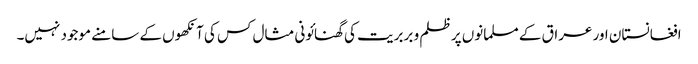
افغانستان اور عراق کے مسلمانوں پر ظلم و بربریت کی گھنائونی مثال کس کی آنکھوں کے سامنے موجود نہیں۔